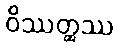
ဝိဿတ္ထဿ